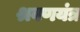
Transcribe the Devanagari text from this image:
श्रवणयंत्र